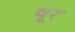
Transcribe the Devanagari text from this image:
थू्र